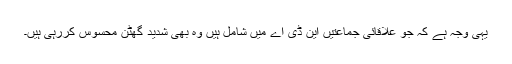
یہی وجہ ہے کہ جو علاقائی جماعتیں این ڈی اے میں شامل ہیں وہ بھی شدید گھٹن محسوس کررہی ہیں۔